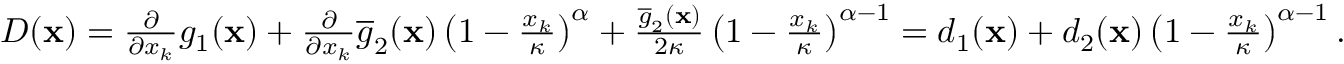
\begin{array} { r } { D ( \mathbf { x } ) = \frac { \partial } { \partial x _ { k } } g _ { 1 } ( \mathbf { x } ) + \frac { \partial } { \partial x _ { k } } \overline { g } _ { 2 } ( \mathbf { x } ) \left( 1 - \frac { x _ { k } } { \kappa } \right) ^ { \alpha } + \frac { \overline { g } _ { 2 } ( \mathbf { x } ) } { 2 \kappa } \left( 1 - \frac { x _ { k } } { \kappa } \right) ^ { \alpha - 1 } = d _ { 1 } ( \mathbf { x } ) + d _ { 2 } ( \mathbf { x } ) \left( 1 - \frac { x _ { k } } { \kappa } \right) ^ { \alpha - 1 } . } \end{array}